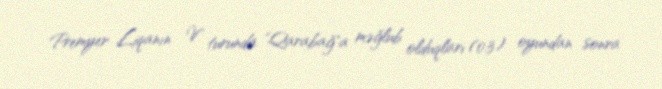
Premyer Liqanın V turunda "Qarabağ"a məğlub olduqları (0:3) oyundan sonra